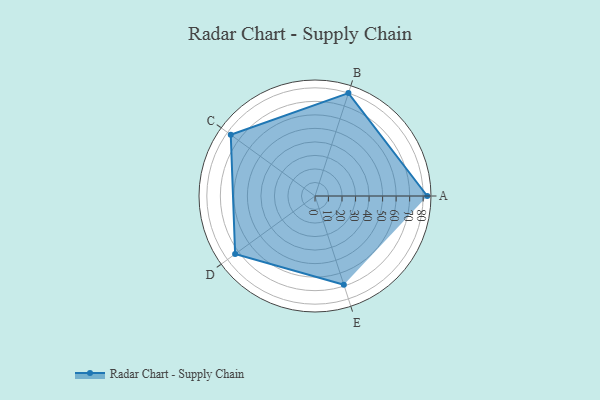
{"axis": {"x": "Skill", "y": "Score"}, "legend": ["Profile"], "data": [{"x": "A", "y": 83.0, "type": "Profile"}, {"x": "B", "y": 80.0, "type": "Profile"}, {"x": "C", "y": 77.0, "type": "Profile"}, {"x": "D", "y": 73.0, "type": "Profile"}, {"x": "E", "y": 69.0, "type": "Profile"}]}